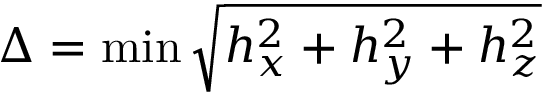
\Delta = \operatorname* { m i n } \sqrt { h _ { x } ^ { 2 } + h _ { y } ^ { 2 } + h _ { z } ^ { 2 } }